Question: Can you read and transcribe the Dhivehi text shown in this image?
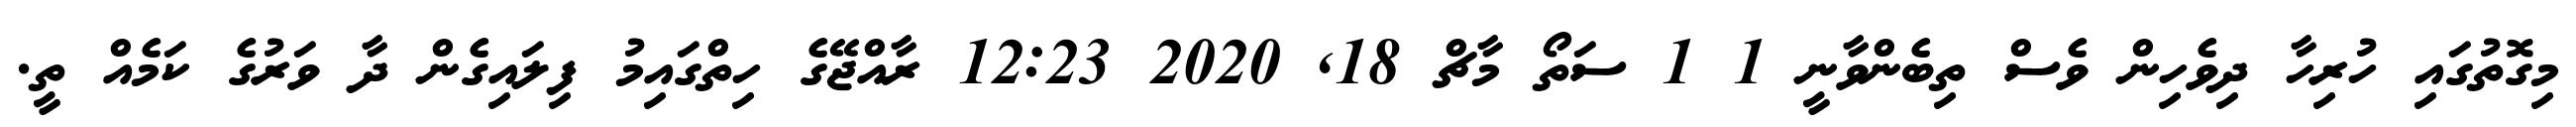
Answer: މިގޮތުގައި ހުރިހާ ދިވެހިން ވެސް ތިބެންވާނީ 1 1 ސަތޯ މާޗް 18, 2020 12:23 ރާއްޖޭގެ ހިތްގައިމު ފިލައިގެން ދާ ވަރުގެ ކަމެއް ތީ.